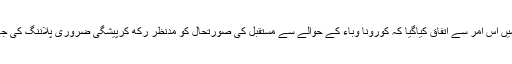
اجلاس میں اس امر سے اتفاق کیاگیا کہ کورونا وباء کے حوالے سے مستقبل کی صورتحال کو مدنظر رکھ کرپیشگی ضروری پلاننگ کی جائے گی۔